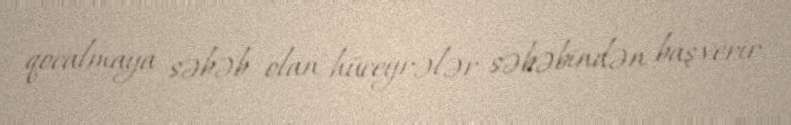
qocalmaya səbəb olan hüceyrələr səbəbindən baş verir.